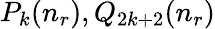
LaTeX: P_{k}(n_{r}),Q_{2k+2}(n_{r})